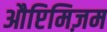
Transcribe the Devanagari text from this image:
औप्टिमिज़म